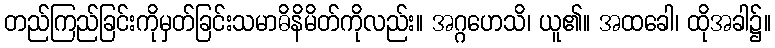
တည်ကြည်ခြင်းကိုမှတ်ခြင်းသမာဓိနိမိတ်ကိုလည်း။ အဂ္ဂဟေသိ၊ ယူ၏။ အထခေါ၊ ထိုအခါ၌။